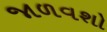
જાળવશો